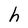
Character: h